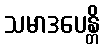
သမာဒပေန္တိ